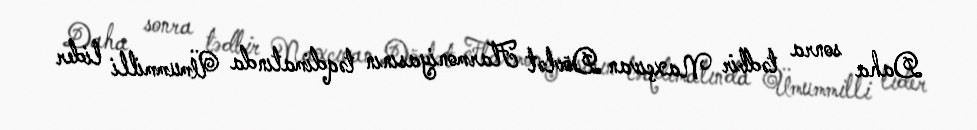
Daha sonra tədbir Naxçıvan Dövlət Flarmoniyasının təqdimatında Ümummilli lider